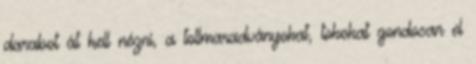
darabot át kell nézni, a tollmaradványokat, tokokat gondosan el